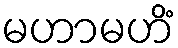
မဟာမဟိံ